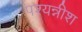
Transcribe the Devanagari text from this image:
पश्यन्नीश